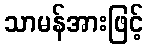
သာမန်အားဖြင့်